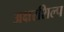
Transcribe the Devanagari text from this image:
अक्षरशिल्प